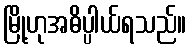
မြို့ဟုအဓိပ္ပါယ်ရသည်။